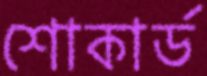
শোকার্ড